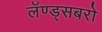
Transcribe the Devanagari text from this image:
लॅण्ड्सबरो